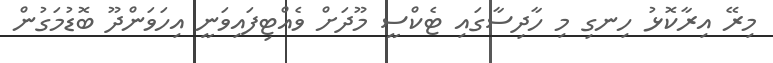
މިރޭ އިރާކޮޅު ހިނގި މި ހާދިސާގައި ޓެކްސީ މޫދަށް ވެއްޓިފައިވަނީ އިހަވަންދޫ ބޮޑުމަގުން